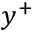
y ^ { + }